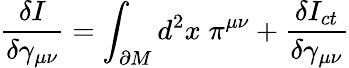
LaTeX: \frac{\delta I}{\delta\gamma_{\mu\nu}}=\int_{\partial M}d^{2}x\; \pi^{\mu\nu}+\frac{\delta I_{ct}}{\delta\gamma_{\mu\nu}}